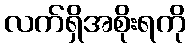
လက်ရှိအစိုးရကို